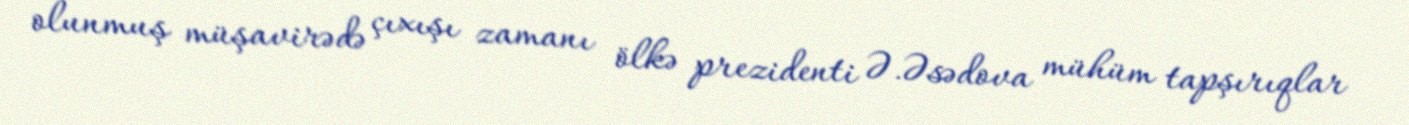
olunmuş müşavirədə çıxışı zamanı ölkə prezidenti Ə.Əsədova mühüm tapşırıqlar